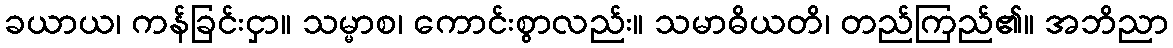
ခယာယ၊ ကန်ခြင်းငှာ။ သမ္မာစ၊ ကောင်းစွာလည်း။ သမာဓိယတိ၊ တည်ကြည်၏။ အဘိညာ